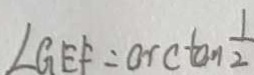
\angle G E F = \arctan \frac { 1 } { 2 }